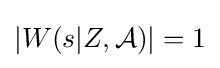
|W(s|Z,{\mathcal {A}})|=1